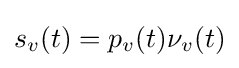
s_{v}(t)=p_{v}(t)\nu _{v}(t)